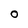
Character: O